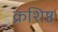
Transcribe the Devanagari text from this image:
क्रशिष्ठ